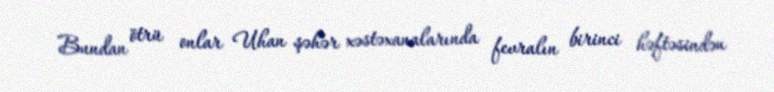
Bundan ötrü onlar Uhan şəhər xəstəxanalarında fevralın birinci həftəsindən